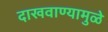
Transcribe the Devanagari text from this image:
दाखवाण्यामुळे